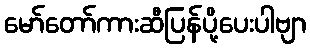
မော်တော်ကားဆီပြန်ပို့ပေးပါဗျာ